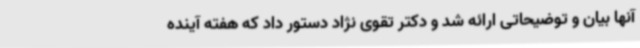
آنها بیان و توضیحاتی ارائه شد و دکتر تقوی نژاد دستور داد که هفته آینده